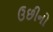
ઉછીનો